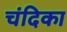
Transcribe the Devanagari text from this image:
चंदिका